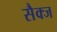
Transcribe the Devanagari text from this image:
सैक्ज